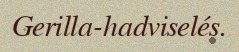
Gerilla-hadviselés.